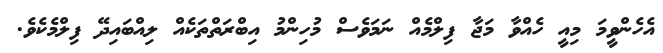
އެހެންވީމަ މިއީ ހެއްވާ މަޖާ ފިލްމެއް ނަމަވެސް މުހިންމު އިބްރަތްތަކެއް ލިއްބައިދޭ ފިލްމެކެވެ.